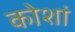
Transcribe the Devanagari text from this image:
कोशां